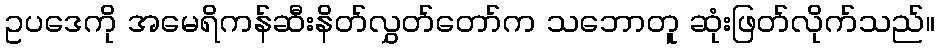
ဥပဒေကို အမေရိကန်ဆီးနိတ်လွှတ်တော်က သဘောတူ ဆုံးဖြတ်လိုက်သည်။